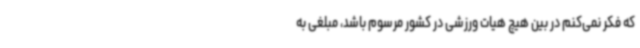
که فکر نمی‌کنم در بین هیچ هیات ورزشی در کشور مرسوم باشد، مبلغی به